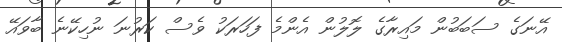
އޭނަގެ ސަބަބުން މައިރާގެ ލޮލުން އެންމެ ފަހަރަކު ވެސް ކަރުނަ ނުހިކޭނެ ބާވައޭ